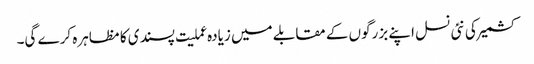
کشمیر کی نئی نسل اپنے بزرگوں کے مقابلے میں زیادہ عملیت پسندی کا مظاہرہ کرے گی۔